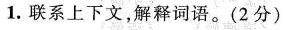
1.联系上下文,解释词语。(2分)